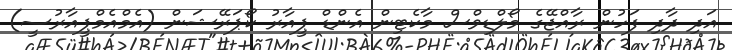
އަދި ދާދި ފަހުން ރާއްޖޭގެ މޯލްޑިވްސް މާކެޓިން އެންޑް ޕީއާރު ކޯޕަރޭޝަން (އެމްއެމްޕީއާރުސީ)